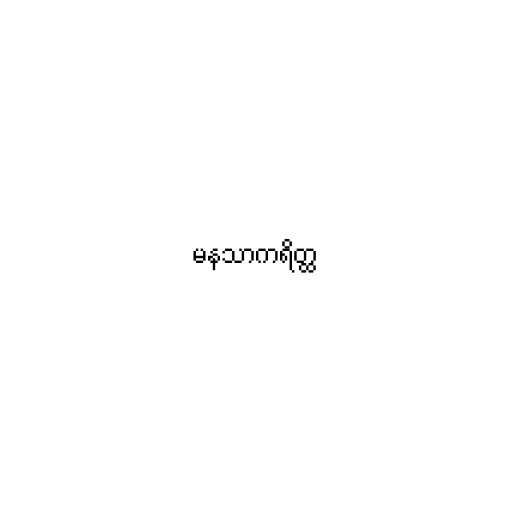
မနသာကရိတ္ထ